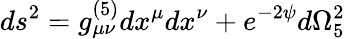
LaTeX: ds^{2}=g_{\mu\nu}^{(5)}dx^{\mu}dx^{\nu}+e^{-2\psi}d\Omega_{5}^{2}